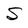
Character: S